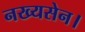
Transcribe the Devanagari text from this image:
नख्यसेन।